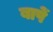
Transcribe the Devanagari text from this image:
बापें